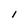
Character: l